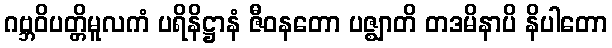
ဂဗ္ဘဝိပတ္တိမူလကံ ပရိနိဋ္ဌာနံ ဇီဝနတော ပဇ္ဈာတိ တဒမိနာပိ နိပါတော